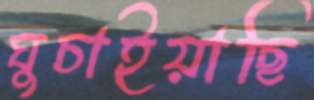
ঘুচাইয়াছি